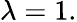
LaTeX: \lambda=1.